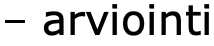
– arviointi